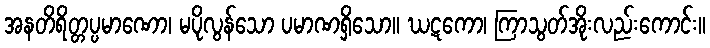
အနတိရိတ္တပ္ပမာဏော၊ မပိုလွန်သော ပမာဏရှိသော။ ဃဋကော၊ ကြာသွတ်အိုးလည်းကောင်း။